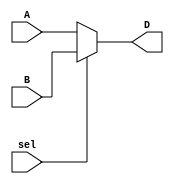
`timescale 1ns / 1ps
//////////////////////////////////////////////////////////////////////////////////
// Company: 
// Engineer: 
// 
// Design Name: 
// Module Name:    mux 
// Project Name: 
// Target Devices: 
// Tool versions: 
// Description: 
//
// Dependencies: 
//
// Revision: 
// Revision 0.01 - File Created
// Additional Comments: 
//
//////////////////////////////////////////////////////////////////////////////////
module mux( D, A, B, sel);
output [19:0] D;
input [19:0] A,B;
input sel;
reg [19:0] D;

always@(*)
if (sel == 1'b0)
	D = A;
	else
	D = B;
	
endmodule